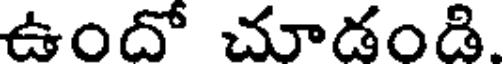
ఉందో చూడండి.